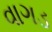
વાગડ